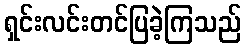
ရှင်းလင်းတင်ပြခဲ့ကြသည်